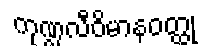
ကုဏ္ဍလီဝိမာနဝတ္ထု